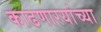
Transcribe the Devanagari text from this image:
काढणारयांच्या